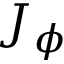
J _ { \phi }